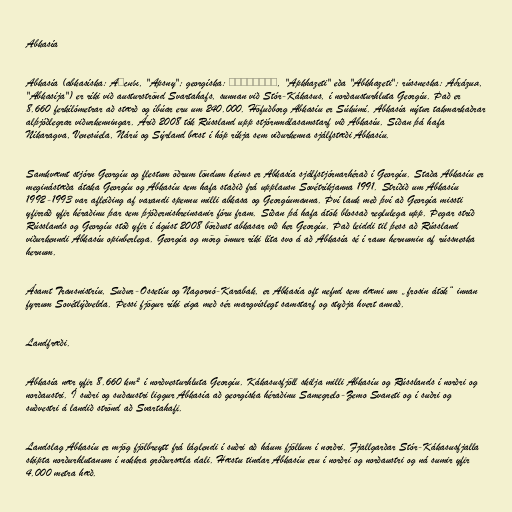
Abkasía

Abkasía (abkasíska: Аҧсны, "Apsny"; georgíska: აფხაზეთი, "Apkhazeti" eða "Abkhazeti"; rússneska: Абха́зия,
"Abkasíja") er ríki við austurströnd Svartahafs, sunnan við Stór-Kákasus, í norðausturhluta Georgíu. Það er
8.660 ferkílómetrar að stærð og íbúar eru um 240.000. Höfuðborg Abkasíu er Súkúmí. Abkasía nýtur takmarkaðrar
alþjóðlegrar viðurkenningar. Árið 2008 tók Rússland upp stjórnmálasamstarf við Abkasíu. Síðan þá hafa
Níkaragva, Venesúela, Nárú og Sýrland bæst í hóp ríkja sem viðurkenna sjálfstæði Abkasíu.

Samkvæmt stjórn Georgíu og flestum öðrum löndum heims er Abkasía sjálfstjórnarhérað í Georgíu. Staða Abkasíu er
meginástæða átaka Georgíu og Abkasíu sem hafa staðið frá upplausn Sovétríkjanna 1991. Stríðið um Abkasíu
1992-1993 var afleiðing af vaxandi spennu milli abkasa og Georgíumanna. Því lauk með því að Georgía missti
yfirráð yfir héraðinu þar sem þjóðernishreinsanir fóru fram. Síðan þá hafa átök blossað reglulega upp. Þegar stríð
Rússlands og Georgíu stóð yfir í ágúst 2008 börðust abkasar við her Georgíu. Það leiddi til þess að Rússland
viðurkenndi Abkasíu opinberlega. Georgía og mörg önnur ríki líta svo á að Abkasía sé í raun hernumin af rússneska
hernum.

Ásamt Transnistríu, Suður-Ossetíu og Nagornó-Karabak, er Abkasía oft nefnd sem dæmi um „frosin átök“ innan
fyrrum Sovétlýðvelda. Þessi fjögur ríki eiga með sér margvíslegt samstarf og styðja hvert annað.

Landfræði.

Abkasía nær yfir 8.660 km² í norðvesturhluta Georgíu. Kákasusfjöll skilja milli Abkasíu og Rússlands í norðri og
norðaustri. Í suðri og suðaustri liggur Abkasía að georgíska héraðinu Samegrelo-Zemo Svaneti og í suðri og
suðvestri á landið strönd að Svartahafi.

Landslag Abkasíu er mjög fjölbreytt frá láglendi í suðri að háum fjöllum í norðri. Fjallgarðar Stór-Kákasusfjalla
skipta norðurhlutanum í nokkra gróðursæla dali. Hæstu tindar Abkasíu eru í norðri og norðaustri og ná sumir yfir
4.000 metra hæð.